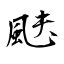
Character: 颫